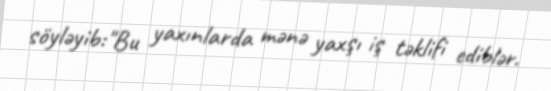
söyləyib:"Bu yaxınlarda mənə yaxşı iş təklifi ediblər.